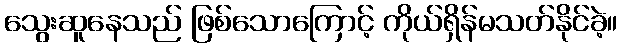
သွေးဆူနေသည် ဖြစ်သောကြောင့် ကိုယ်ရှိန်မသတ်နိုင်ခဲ့။